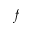
f